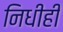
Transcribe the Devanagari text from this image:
निधीही